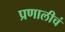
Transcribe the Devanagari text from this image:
प्रणालीचं